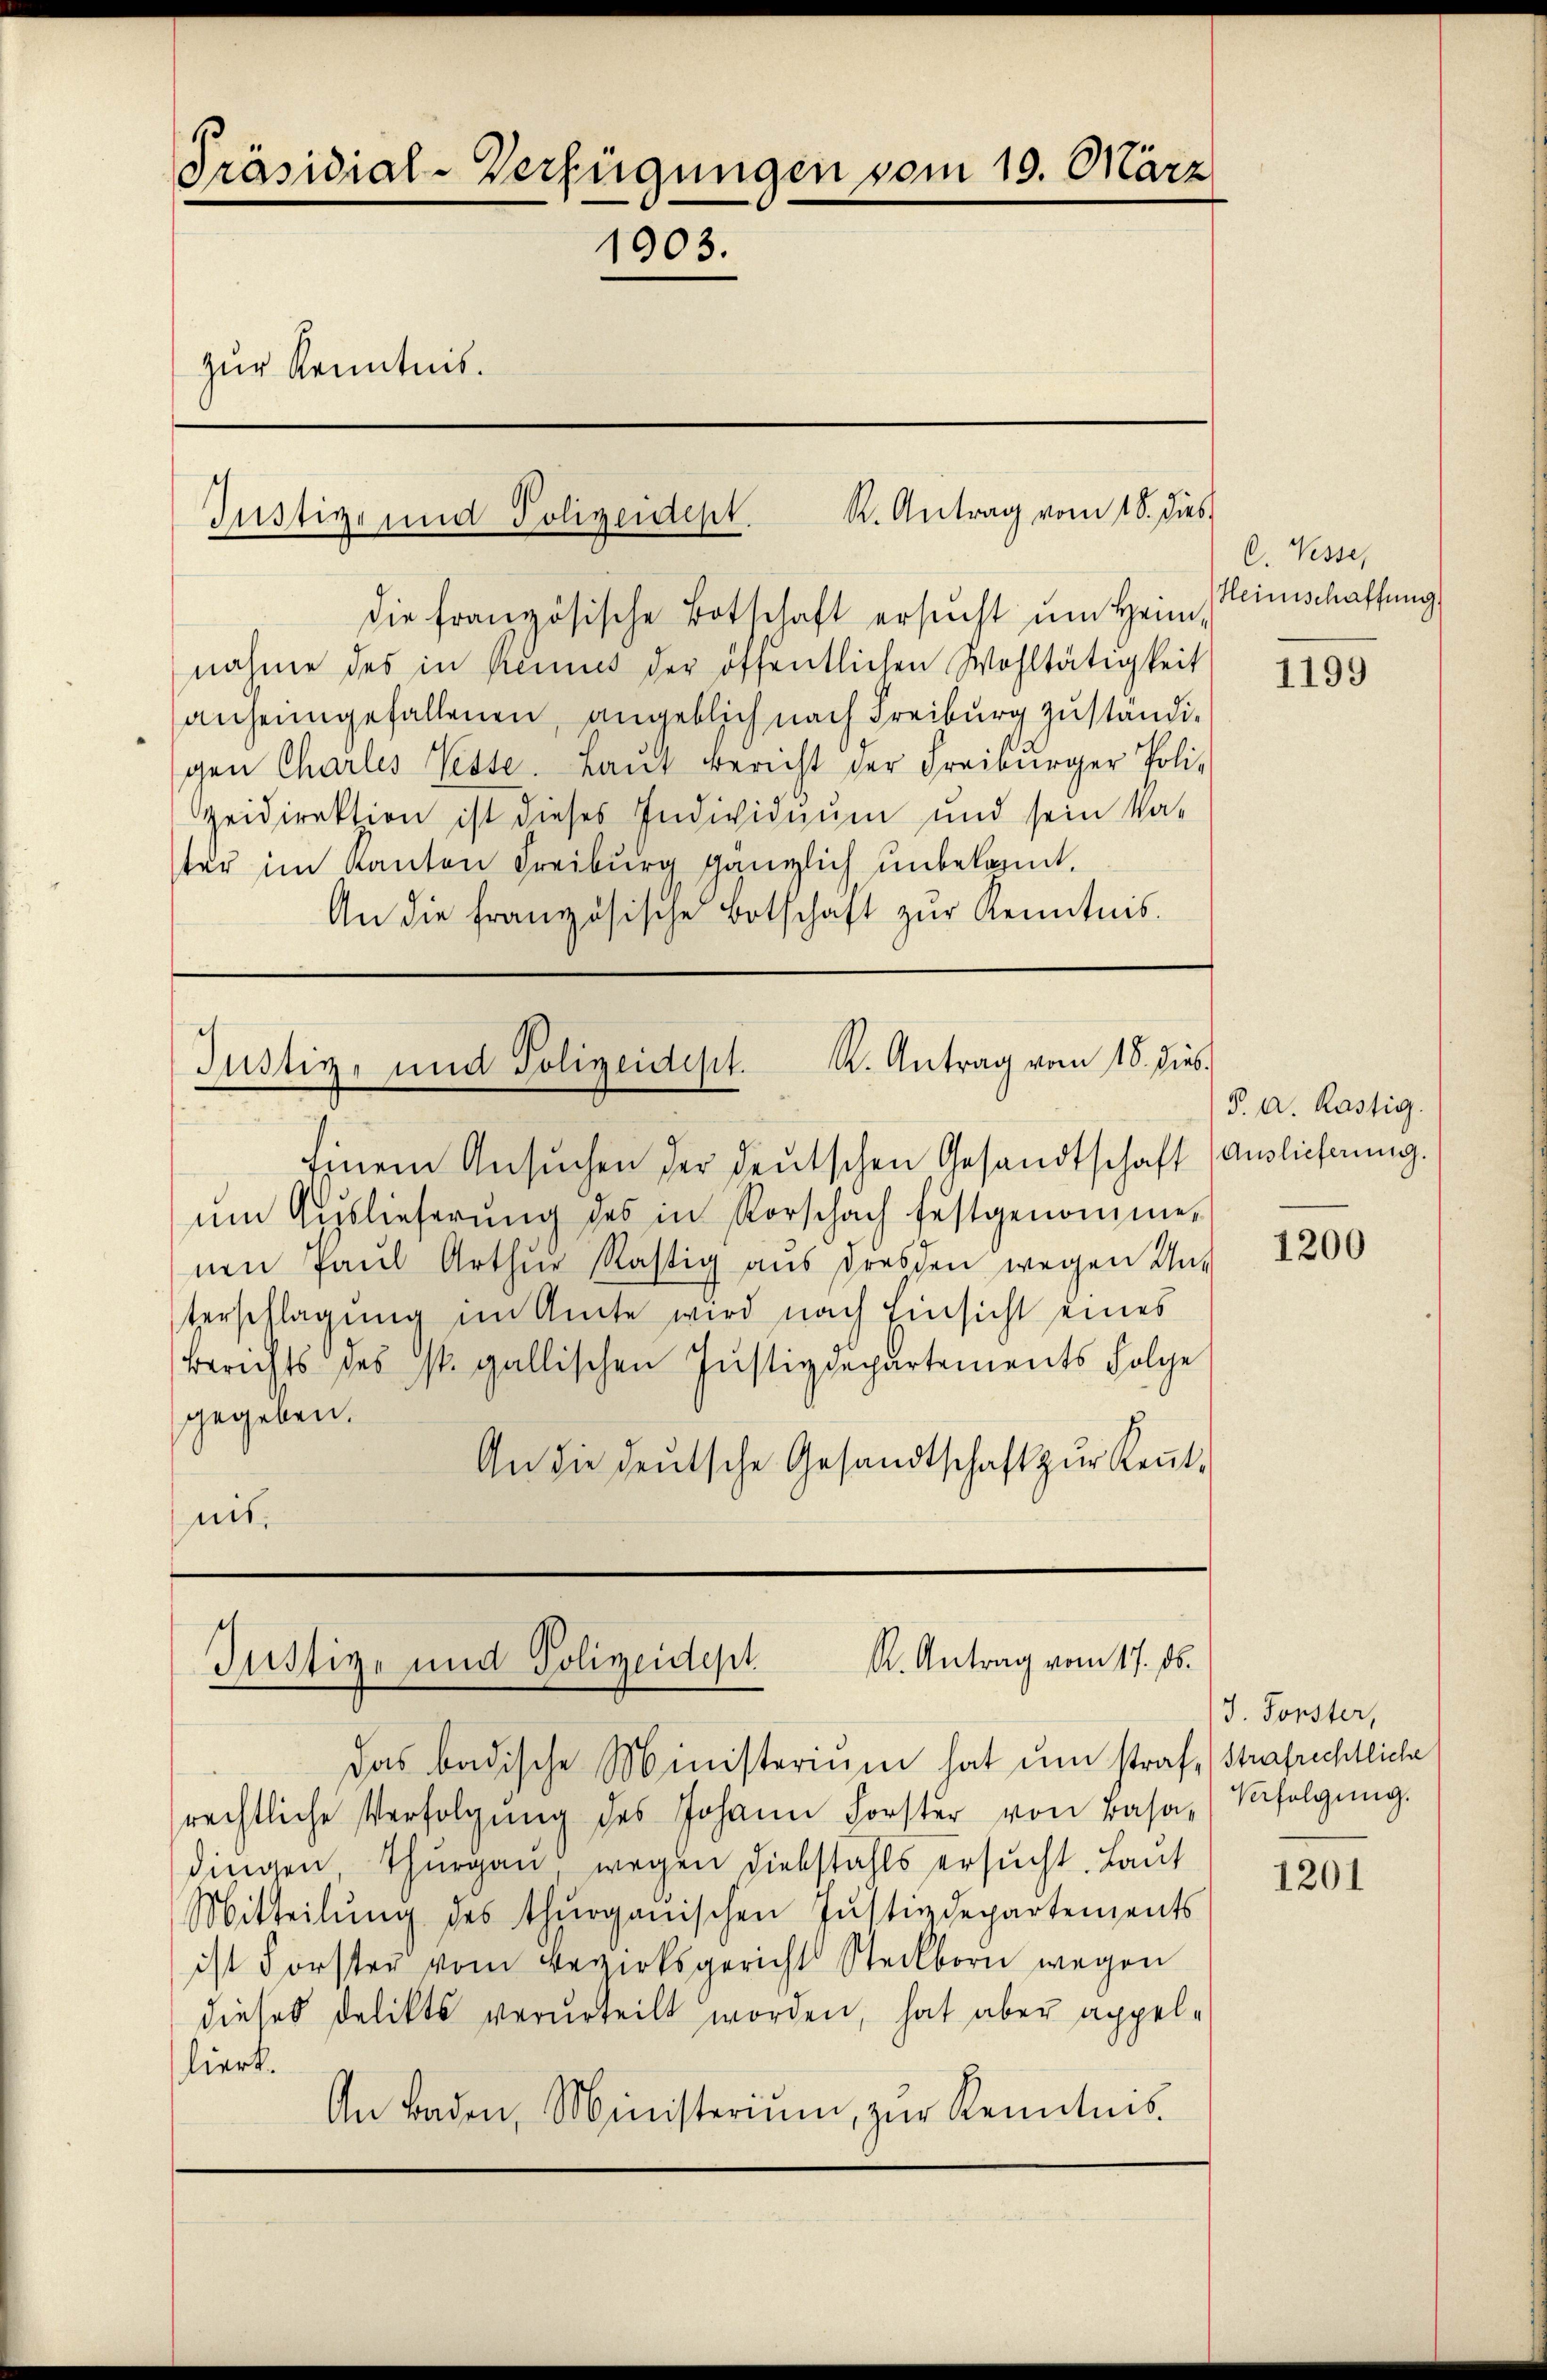
Präsidial-Verfügungen vom 19. März
1903.
zur Kenntnis.

R. Antrag vom 18. dies
Justiz und Polizeidept.

die französische Botschaft ersucht um Heim,
nahme des in Renus der öffentlichen Wohltätigkeit
anheimgefallenen, angeblich nach Freiburg zuständigen Charles Niesse. Laŭt Bericht der Freiburger Poli-
Zeidirektion ist dieses Individuum und sein Va-
ter im Kanton Freiburg gänzlich unbekannt.
An die französische Botschaft zŭr Kenntnis.

Justiz- und Polizeidept. K. Antrag vom 18. dies

R. Antrag vom 17. ds.
Justiz- und Polizeidept

das badische Ministerium hat um straf Strafrechtliche
rechtliche Verfolgŭng des Johann Forster von Basa, Befolgŭng.
dingen Thurgau wegen Diebstahls ersucht. Laut
Mitteilŭng des thurgauischen Jŭstizdepartements
ist Forster vom Bezirksgericht Steckborn wegen
dieses Delikts verurteilt worden, hat aber appelliert.
An Baden, Ministerium, zŭr Kenntnis.

C. Vesse,
Heimschaffung.

Einem Ansŭchen der deutschen Gesandtschaft Auslichnung.
ŭm Aŭslieferŭng des in Vorschach festgenomme,
nen Paŭl Arthŭr Rastig aŭs Dresden wegen Un-
terschlagung im Amte wird nach Einsicht eines
Berichts des st. gallischen Justizdepartements Folge
gegeben.
An die deŭtsche Gesandtschaft zŭr Keṅt-
nit.

1199

P. A. Kastig.

1200

J. Forster,

1201